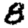
Digit: 8